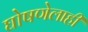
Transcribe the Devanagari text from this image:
घोषणेलाही